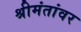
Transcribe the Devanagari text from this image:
श्रीमंतांवर